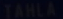
Tahla